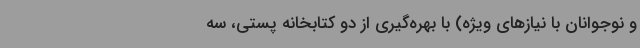
و نوجوانان با نیازهای ویژه) با بهره‌گیری از دو کتابخانه پستی، سه